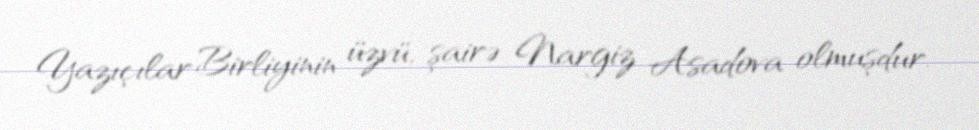
Yazıçılar Birliyinin üzvü, şairə Nargiz Asadova olmuşdur.